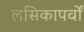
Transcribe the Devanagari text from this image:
लसिकापर्वों